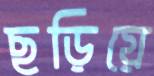
ছড়িয়ে